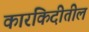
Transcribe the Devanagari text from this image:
कारकिदीतील